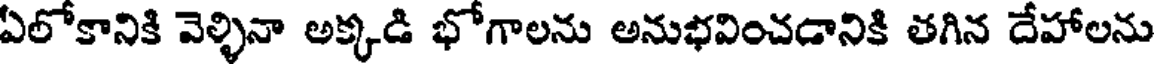
ఏలోకానికి వెళ్ళినా అక్కడి భోగాలను అనుభవించడానికి తగిన దేహాలను